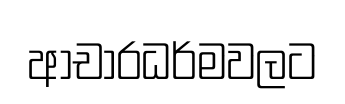
ආචාරධර්මවලට